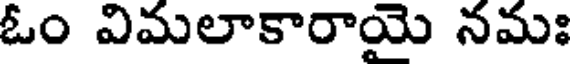
ఓం విమలాకారాయై నమః